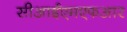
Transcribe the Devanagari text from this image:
सीआईएमएफआर